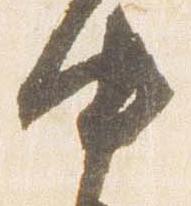
中